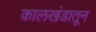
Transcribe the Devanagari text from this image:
कालखंडातून